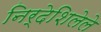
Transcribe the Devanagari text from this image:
निर्देशिलेले